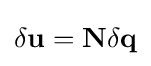
\delta \mathbf {u} =\mathbf {N} \delta \mathbf {q}